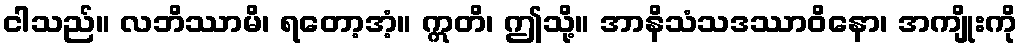
ငါသည်။ လဘိဿာမိ၊ ရတော့အံ့။ ဣတိ၊ ဤသို့။ အာနိသံသဒဿာဝိနော၊ အကျိုးကို